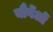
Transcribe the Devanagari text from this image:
बौर्गेओं